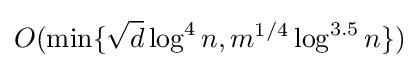
O(\min\{{\sqrt {d}}\log ^{4}n,m^{1/4}\log ^{3.5}n\})